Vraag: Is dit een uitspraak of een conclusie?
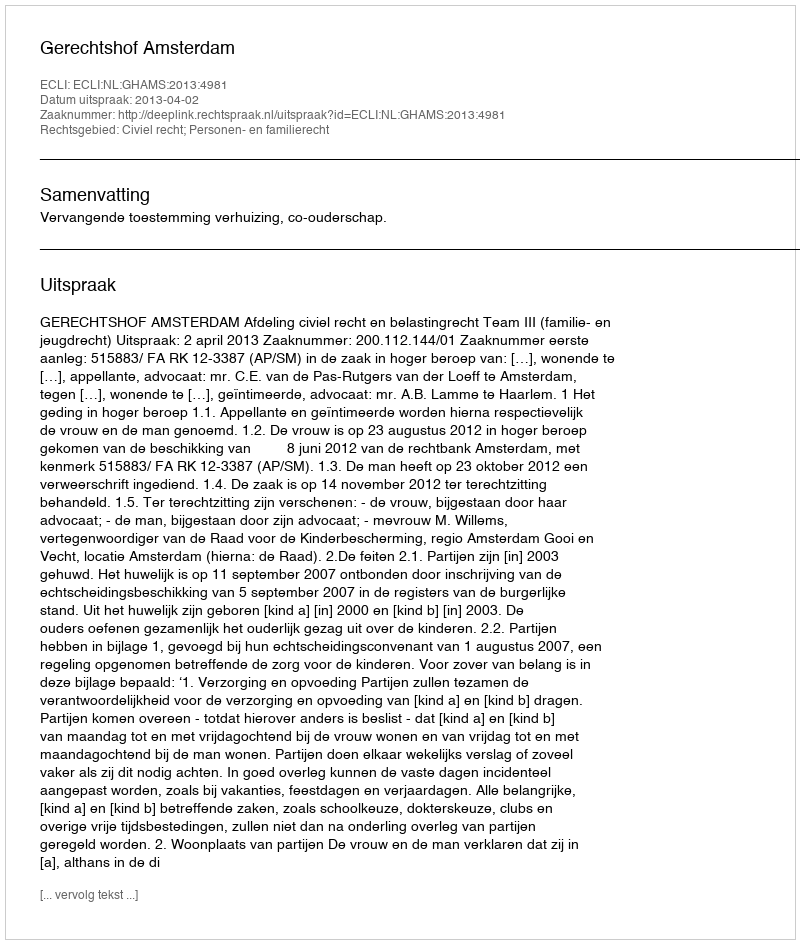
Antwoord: Uitspraak